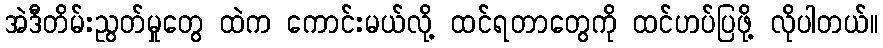
အဲဒီတိမ်းညွတ်မှုတွေ ထဲက ကောင်းမယ်လို့ ထင်ရတာတွေကို ထင်ဟပ်ပြဖို့ လိုပါတယ်။